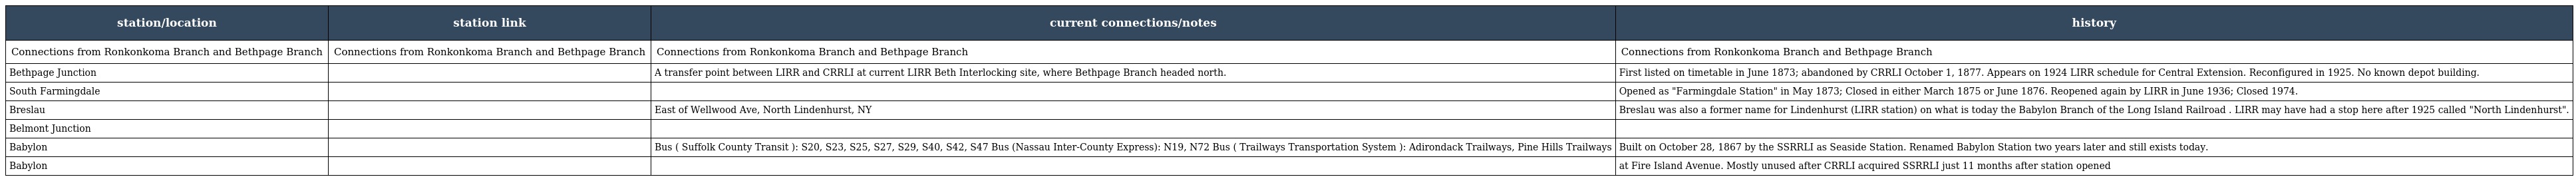
| station/location | station link | current connections/notes | history |
 | --- | --- | --- | --- |
 | Connections from Ronkonkoma Branch and Bethpage Branch | Connections from Ronkonkoma Branch and Bethpage Branch | Connections from Ronkonkoma Branch and Bethpage Branch | Connections from Ronkonkoma Branch and Bethpage Branch |
 | Bethpage Junction |  | A transfer point between LIRR and CRRLI at current LIRR Beth Interlocking site, where Bethpage Branch headed north. | First listed on timetable in June 1873; abandoned by CRRLI October 1, 1877. Appears on 1924 LIRR schedule for Central Extension. Reconfigured in 1925. No known depot building. |
 | South Farmingdale |  |  | Opened as "Farmingdale Station" in May 1873; Closed in either March 1875 or June 1876. Reopened again by LIRR in June 1936; Closed 1974. |
 | Breslau |  | East of Wellwood Ave, North Lindenhurst, NY | Breslau was also a former name for Lindenhurst (LIRR station) on what is today the Babylon Branch of the Long Island Railroad . LIRR may have had a stop here after 1925 called "North Lindenhurst". |
 | Belmont Junction |  |  |  |
 | Babylon |  | Bus ( Suffolk County Transit ): S20, S23, S25, S27, S29, S40, S42, S47 Bus (Nassau Inter-County Express): N19, N72 Bus ( Trailways Transportation System ): Adirondack Trailways, Pine Hills Trailways | Built on October 28, 1867 by the SSRRLI as Seaside Station. Renamed Babylon Station two years later and still exists today. |
 | Babylon |  |  | at Fire Island Avenue. Mostly unused after CRRLI acquired SSRRLI just 11 months after station opened |